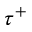
\tau ^ { + }